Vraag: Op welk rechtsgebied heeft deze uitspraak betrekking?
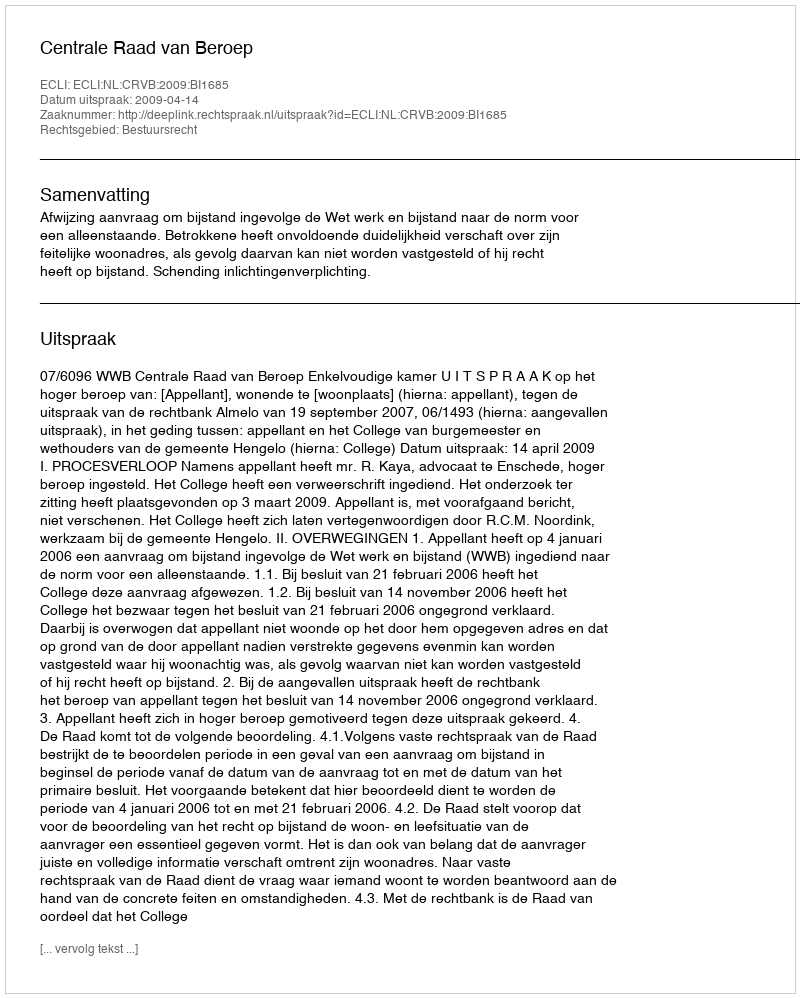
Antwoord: Bestuursrecht